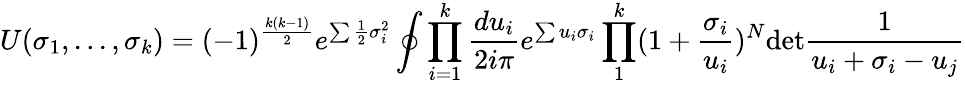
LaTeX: U(\sigma_{1},...,\sigma_{k})=(-1)^{\frac{k(k-1)}{2}}e^{\sum\frac{1}{2}\sigma_{i}^{2}}\oint\prod_{i=1}^{k}\frac{du_{i}}{2i\pi}e^{\sum u_{i}\sigma_{i}}\prod_{1}^{k}(1+\frac{\sigma_{i}}{u_{i}})^{N}\mathrm{det}\frac{1}{u_{i}+\sigma_{i}-u_{j}}